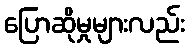
ပြောဆိုမှုများလည်း